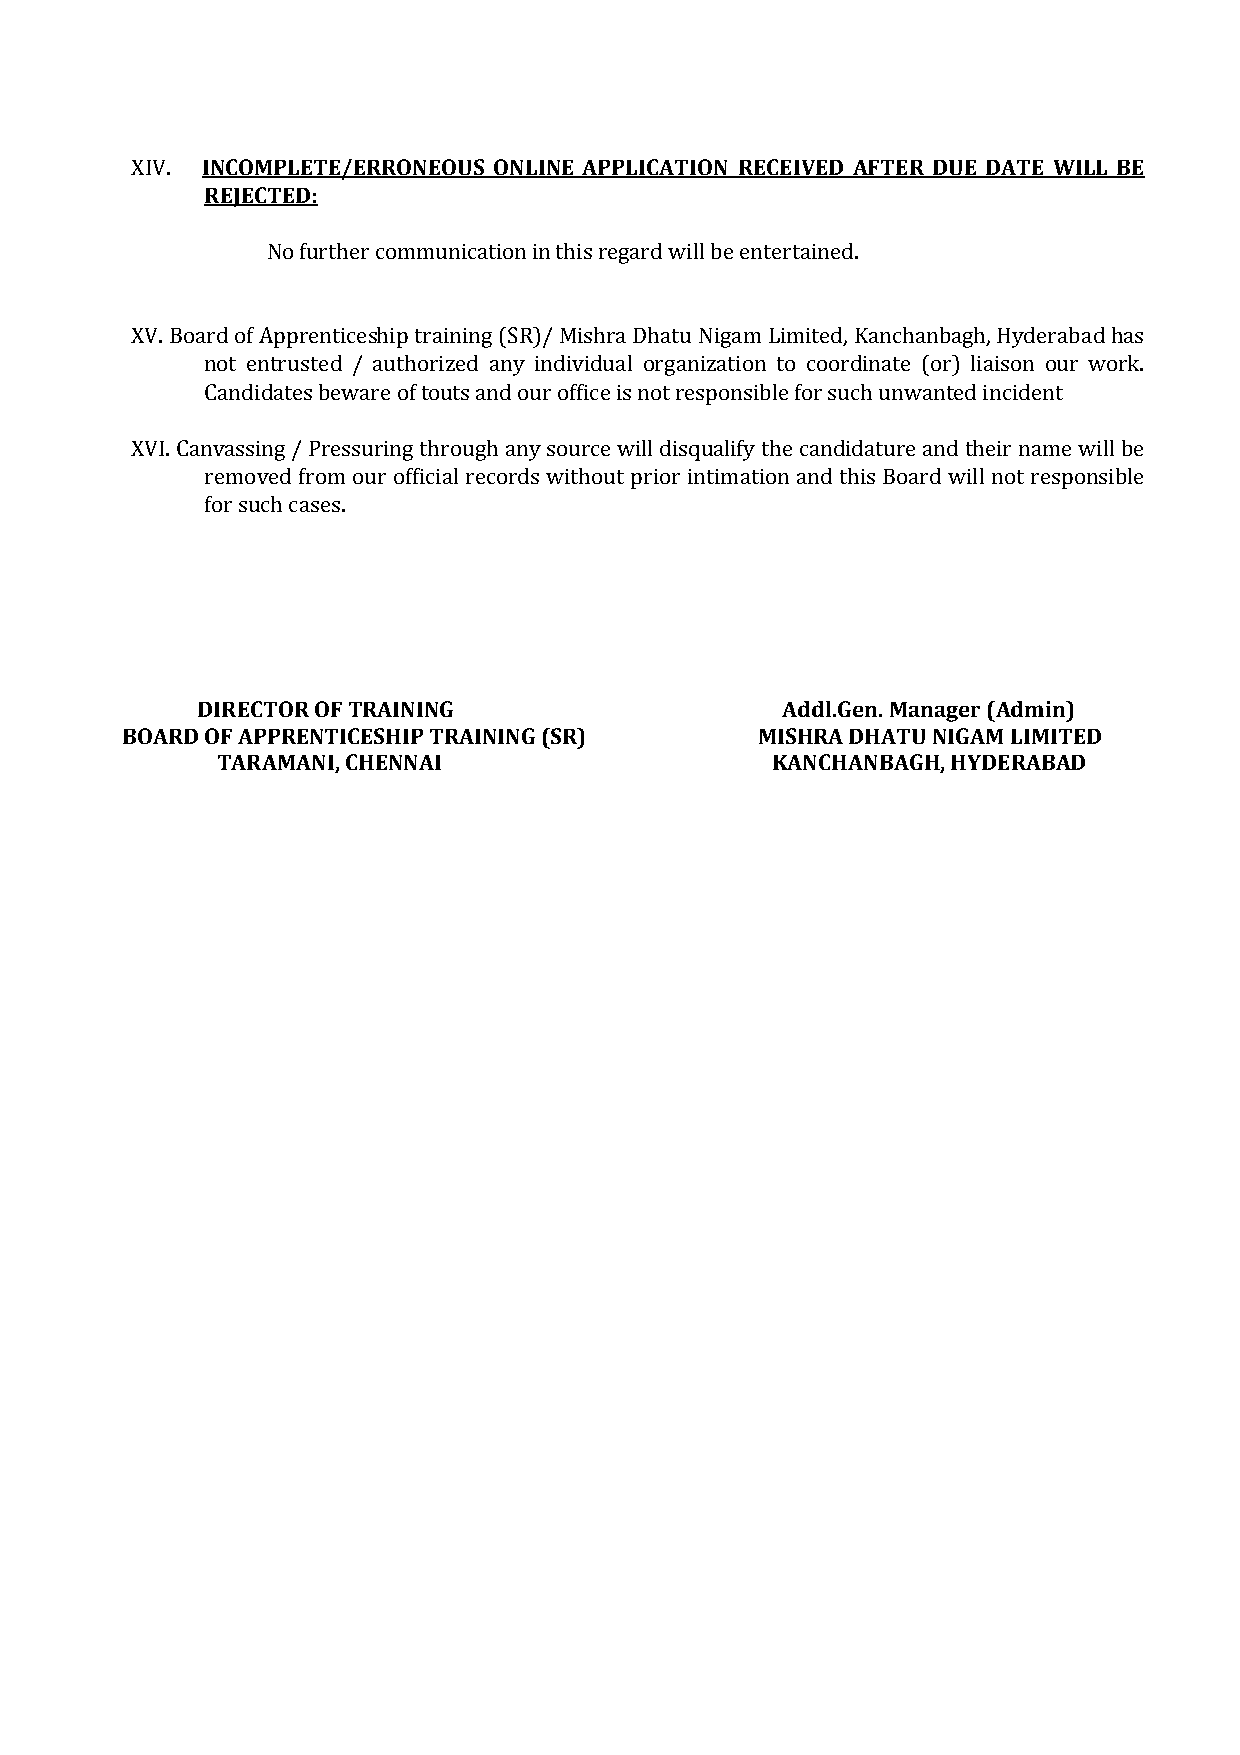
XIV. INCOMPLETE/ERRONEOUS ONLINE APPLICATION RECEIVED AFTER DUE DATE WILL BE
 REJECTED:
 No further communication in this regard will be entertained.
 XV. Board of Apprenticeship training (SR)/ Mishra Dhatu Nigam Limited, Kanchanbagh, Hyderabad has
 not entrusted / authorized any individual organization to coordinate (or) liaison our work.
 Candidates beware of touts and our office is not responsible for such unwanted incident
 XVI. Canvassing / Pressuring through any source will disqualify the candidature and their name will be
 removed from our official records without prior intimation and this Board will not responsible
 for such cases.
 DIRECTOR OF TRAINING                   Addl.Gen. Manager (Admin)
 BOARD OF APPRENTICESHIP TRAINING (SR)     MISHRA DHATU NIGAM LIMITED
 TARAMANI, CHENNAI                    KANCHANBAGH, HYDERABAD